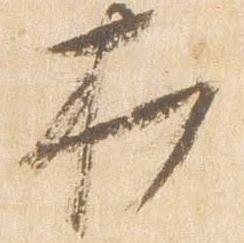
打